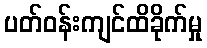
ပတ်ဝန်းကျင်ထိခိုက်မှု